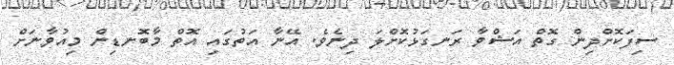
ސިފަކޮށްދިން ގޮތް އަޝްވާ ރަނގަޅުކޮށްލަ ދިނެވެ. އޭނާ އަތުގައި އޮތް މާބޮނޑިން މިއުވާނަށް